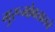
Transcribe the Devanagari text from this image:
गुरूभोवतालचे